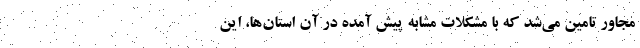
مجاور تامین می‌شد که با مشکلات مشابه پیش آمده در آن استان‌ها، این